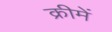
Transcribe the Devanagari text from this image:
क्रीमें